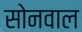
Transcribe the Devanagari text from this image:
सोनवाल